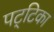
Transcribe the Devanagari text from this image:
पट्‌टिका